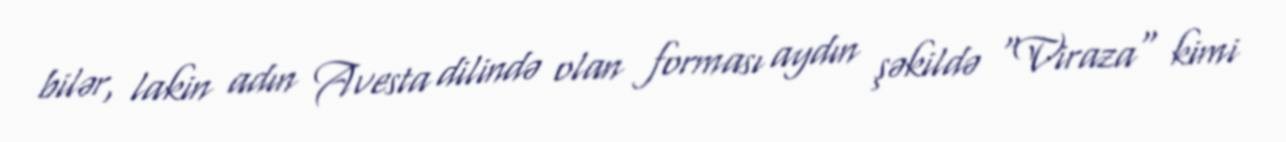
bilər, lakin adın Avesta dilində olan forması aydın şəkildə "Viraza" kimi